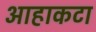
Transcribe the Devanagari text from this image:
आहाकटा